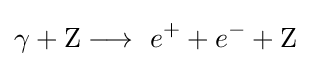
\gamma +{\text{Z}}\longrightarrow \ e^{+}+e^{-}+{\text{Z}}\